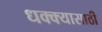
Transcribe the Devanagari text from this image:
धक्क्यासाठी